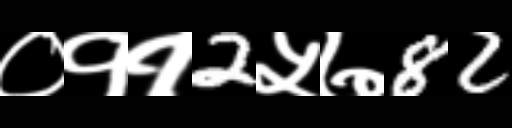
Text: ०११2५७82